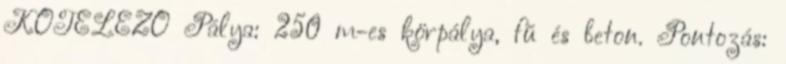
KÖTELEZŐ Pálya: 250 m-es körpálya, fű és beton. Pontozás: